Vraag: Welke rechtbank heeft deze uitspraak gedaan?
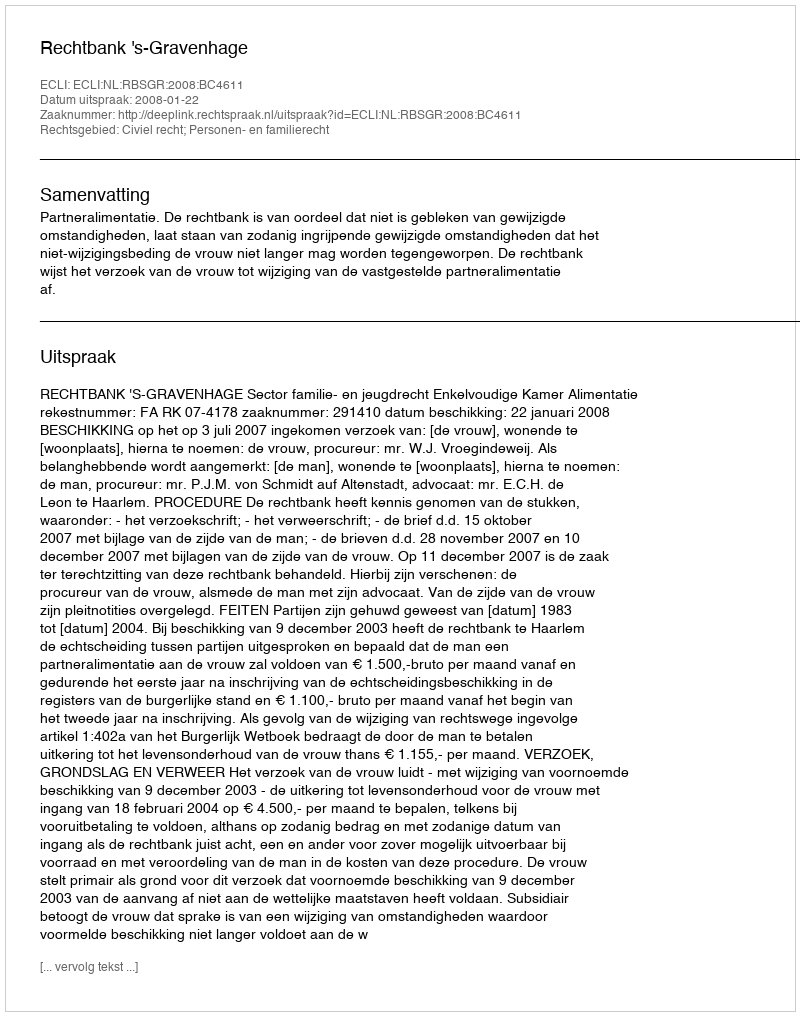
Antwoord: Rechtbank 's-Gravenhage